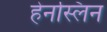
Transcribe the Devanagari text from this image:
हेनस्लिन